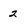
Character: 2